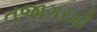
તજાગરમી